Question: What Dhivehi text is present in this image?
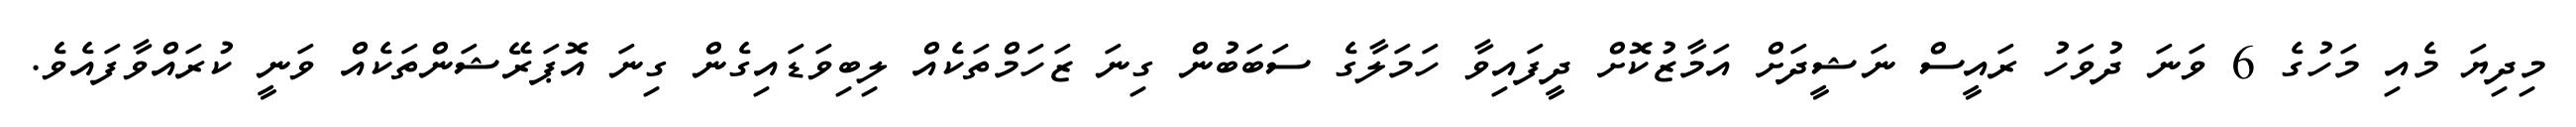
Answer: މިދިޔަ މެއި މަހުގެ 6 ވަނަ ދުވަހު ރައީސް ނަޝީދަށް އަމާޒުކޮށް ދީފައިވާ ހަމަލާގެ ސަބަބުން ގިނަ ޒަހަމްތަކެއް ލިބިވަޑައިގެން ގިނަ އޮޕަރޭޝަންތަކެއް ވަނީ ކުރައްވާފައެވެ.